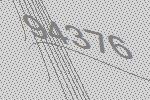
94376